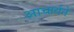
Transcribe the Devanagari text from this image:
आचार्यने